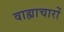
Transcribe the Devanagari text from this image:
वाह्याचारों